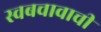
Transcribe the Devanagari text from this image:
स्वबचावाची